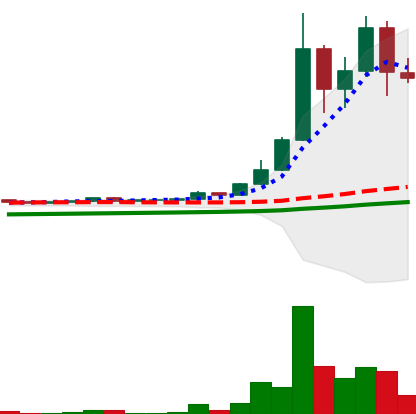
Ticker: DOGE-USD
Chart end date: 2021-04-21
Forward return: -11.811%
Label: down_7plus